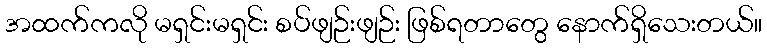
အထက်ကလို မရှင်းမရှင်း စပ်ဖျဉ်းဖျဉ်း ဖြစ်ရတာတွေ နောက်ရှိသေးတယ်။